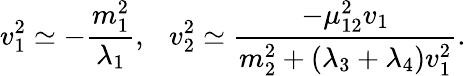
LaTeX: v_{1}^{2}\simeq-{\frac{m_{1}^{2}}{\lambda_{1}}},~~~v_{2}^{2}\simeq{\frac{-\mu_{12}^{2}v_{1}}{m_{2}^{2}+(\lambda_{3}+\lambda_{4})v_{1}^{2}}}.